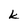
Character: k